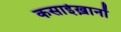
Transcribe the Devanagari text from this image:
कसाईख़ानों